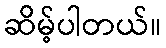
ဆိမ့်ပါတယ်။